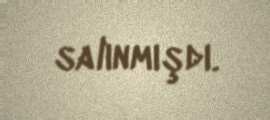
salınmışdı.